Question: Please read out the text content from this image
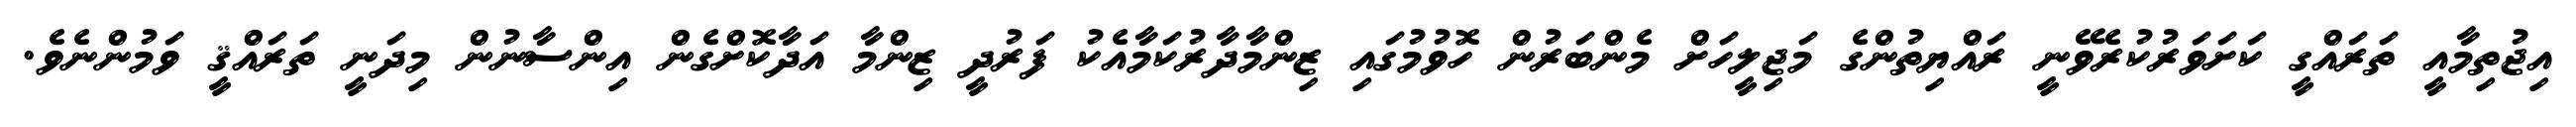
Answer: އިޖުތިމާއީ ތަރައްގީ ކަށަވަރުކުރެވޭނީ ރައްޔިތުންގެ މަޖިލީހަށް މެންބަރުން ހޮވުމުގައި ޒިންމާދާރުކަމާއެކު ފަރުދީ ޒިންމާ އަދާކޮށްގެން އިންސާނުން މިދަނީ ތަރައްޤީ ވަމުންނެވެ.